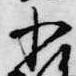
小